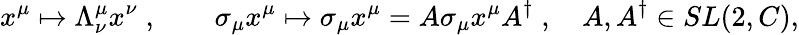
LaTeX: x^{\mu}\mapsto\Lambda_{\nu}^{\mu}x^{\nu}\; ,\qquad\sigma_{\mu}x^{\mu}\mapsto\sigma_{\mu}x^{\mu}=A\sigma_{\mu}x^{\mu}A^{\dagger}\; ,\quad A,A^{\dagger}\in SL(2,C),